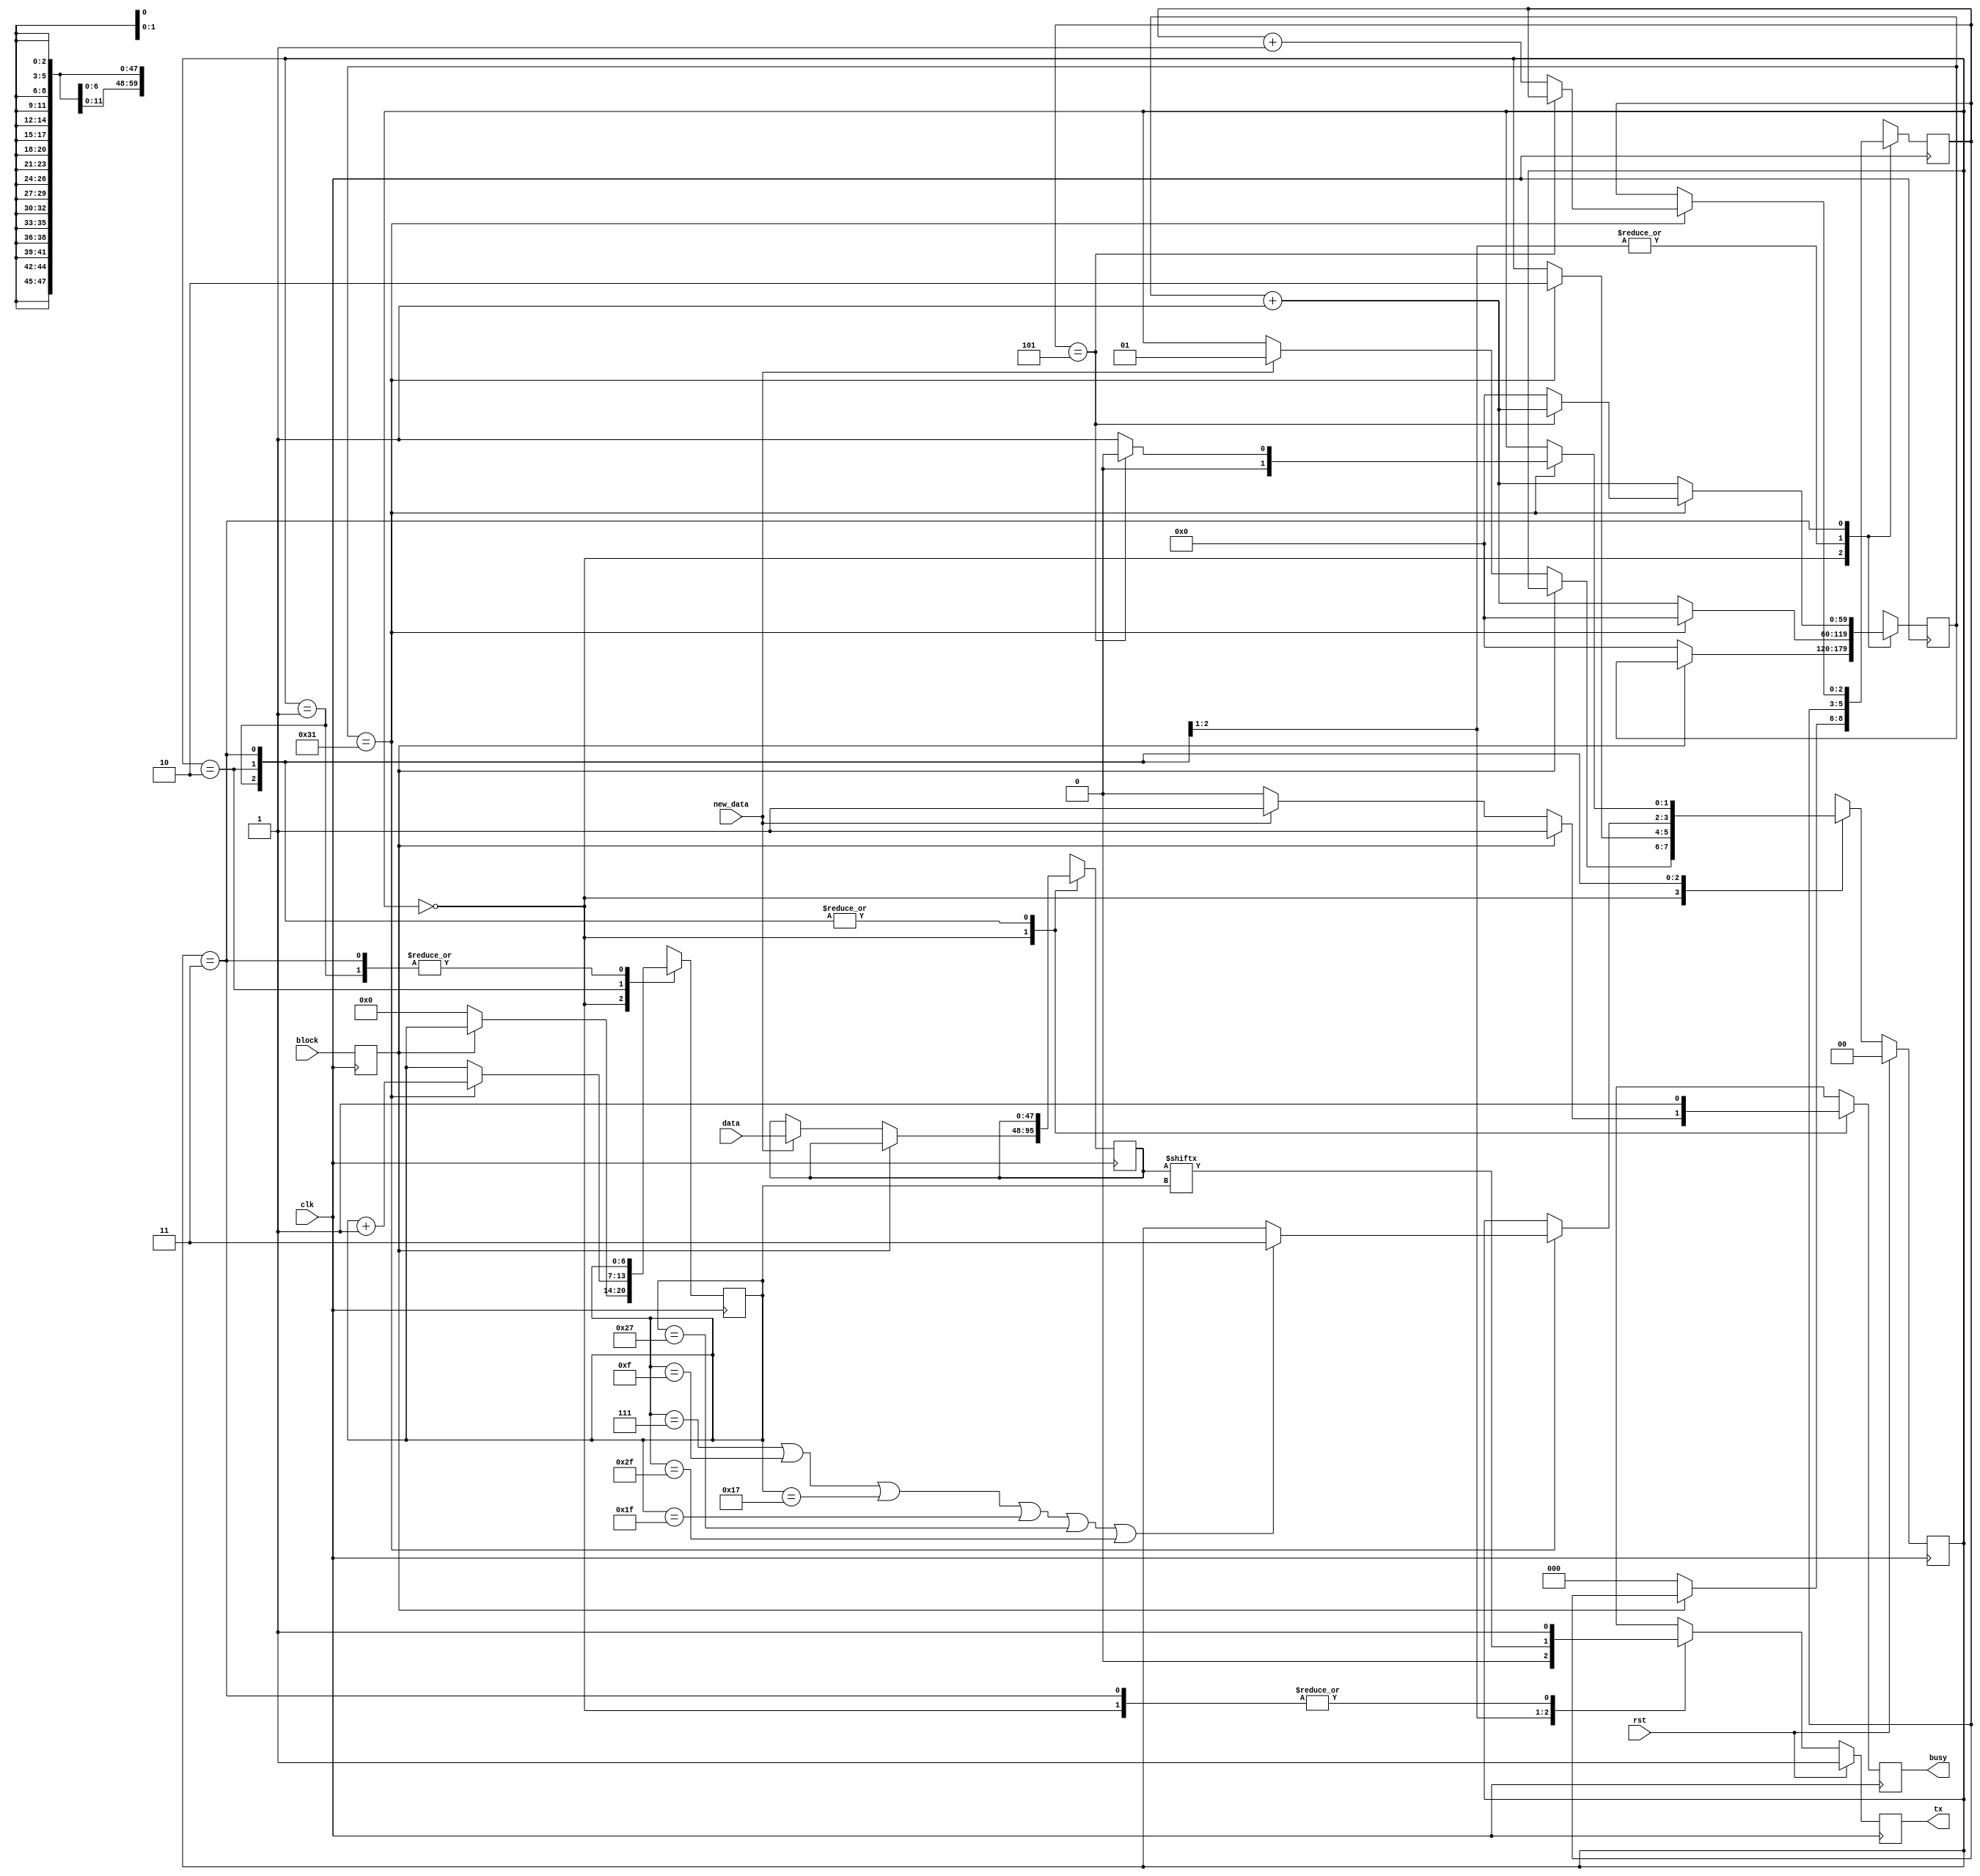
module serial_tx2 #(
        parameter CLK_PER_BIT = 50
    )(
        // INPUT
        input clk,
        input rst,
        input block,
        input new_data,
        input [47:0] data,
        
        // OUTPUT
        output tx,
        output busy
    );

    // clog2 is 'ceiling of log base 2' which gives you the number of bits needed to store a value
    parameter CTR_SIZE = 10*$clog2(CLK_PER_BIT); //twice to make 2 bit delay during stop bit.

    localparam STATE_SIZE = 2;
    localparam IDLE = 2'd0,
    START_BIT = 2'd1,
    DATA = 2'd2,
    STOP_BIT = 2'd3;

    reg [CTR_SIZE-1:0] ctr_d, ctr_q;
    reg [6:0] bit_ctr_d, bit_ctr_q;
    reg [47:0] data_d, data_q;
    reg [STATE_SIZE-1:0] state_d, state_q = IDLE;
    reg tx_d, tx_q;
    reg busy_d, busy_q;
    reg block_d, block_q;

    reg [2:0] Byte_countr_d,Byte_countr_q;
    reg [1:0] send_countr_d,send_countr_q;

    assign tx = tx_q;
    assign busy = busy_q;

    always @(*) begin
        block_d = block;
        ctr_d = ctr_q;
        bit_ctr_d = bit_ctr_q;
        data_d = data_q;
        state_d = state_q;
        busy_d = busy_q;
        Byte_countr_d = Byte_countr_q;
        send_countr_d=send_countr_q;

        case (state_q)
            IDLE: begin
                if (block_q) begin
                    busy_d = 1'b1;
                    tx_d = 1'b1;
                end else begin
                    busy_d = 1'b0;
                    tx_d = 1'b1;
                    bit_ctr_d = 4'd0;
                    ctr_d = 1'b0;
                    Byte_countr_d=1'b0;
                    if (new_data) begin
                        data_d = data;
                        state_d = START_BIT;
                        busy_d = 1'b1;
                    end
                end
            end
            START_BIT: begin
                busy_d = 1'b1;
                ctr_d = ctr_q + 1'b1;
                tx_d = 1'b0;
                if (ctr_q == CLK_PER_BIT - 1) begin
                    ctr_d = 1'b0;
                    state_d = DATA;
                end
            end
            DATA: begin
                busy_d = 1'b1;
                tx_d = data_q[bit_ctr_q];
                ctr_d = ctr_q + 1'b1;
                if (ctr_q == CLK_PER_BIT - 1) begin
                    ctr_d = 1'b0;
                    bit_ctr_d = bit_ctr_q + 1'b1;
                    // for 6 bytes
                    if (bit_ctr_q == 7 || bit_ctr_q == 15 || bit_ctr_q == 23 || bit_ctr_q == 31||bit_ctr_q == 39|| bit_ctr_q == 47 ) begin//|| bit_ctr_q == 39 || bit_ctr_q == 47 || bit_ctr_q == 55 || bit_ctr_q == 63) begin//  change if increase package
                        state_d = STOP_BIT;

                        send_countr_d = send_countr_q +1'b1;
                    end
                end
            end
            STOP_BIT: begin
                busy_d = 1'b1;
                tx_d = 1'b1;
                ctr_d = ctr_q + 1'b1;

                if (send_countr_q == 2'd3) begin
                    // send_countr_d = 3'd0;
                    if (ctr_q == CLK_PER_BIT - 1) begin
                        // 8 bytes -> 3'd7
                        if (Byte_countr_q == 3'd5) begin 
                            state_d = IDLE;
                        end else begin
                            Byte_countr_d = Byte_countr_q +1'b1;
                            state_d = START_BIT;
                            ctr_d = 1'b0;
                        end               
                    end
                end else begin
                    if (ctr_q == CLK_PER_BIT - 1) begin
                        // 8 bytes -> 3'd7
                        if (Byte_countr_q == 3'd5) begin 
                            state_d = IDLE;
                        end else begin
                            Byte_countr_d = Byte_countr_q +1'b1;
                            state_d = START_BIT;
                            ctr_d = 1'b0;
                        end               
                    end



                end

            end


            default: begin
                state_d = IDLE;
            end
        endcase
    end

    always @(posedge clk) begin
        if (rst) begin
            state_q <= IDLE;
            tx_q <= 1'b1;
        end else begin
            state_q <= state_d;
            tx_q <= tx_d;
        end

        send_countr_q <= send_countr_d;

        Byte_countr_q <= Byte_countr_d;
        block_q <= block_d;
        data_q <= data_d;
        bit_ctr_q <= bit_ctr_d;
        ctr_q <= ctr_d;
        busy_q <= busy_d;
    end

endmodule